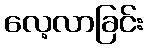
လေ့လာခြင်း